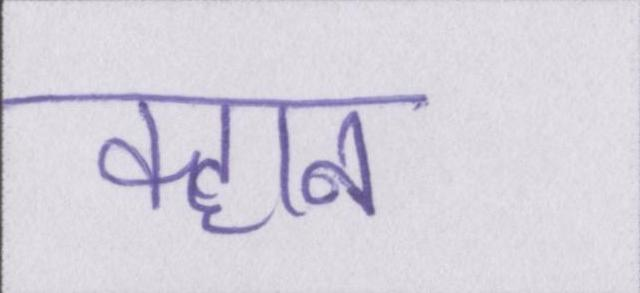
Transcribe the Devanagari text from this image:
क्हान